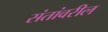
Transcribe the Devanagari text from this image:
संतांवरील